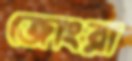
জোংরা